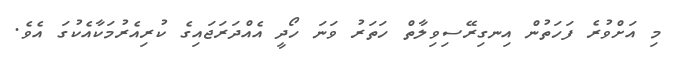
މި އަށްވުރެ ފަހަތުން އިނގިރޭސިވިލާތް ހަތަރު ވަނަ ހޯދީ އެއްދަރަޖައިގެ ކުރިއެރުމަކާއެކުގަ އެވެ.